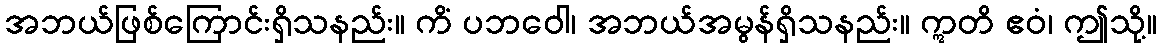
အဘယ်ဖြစ်ကြောင်းရှိသနည်း။ ကိံ ပဘဝေါ၊ အဘယ်အမွန်ရှိသနည်း။ ဣတိ ဧဝံ၊ ဤသို့။